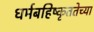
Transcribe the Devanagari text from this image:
धर्मबहिष्कृततेच्या